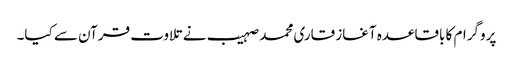
پروگرام کا باقاعدہ آغاز قاری محمد صہیب نے تلاوت قرآن سے کیا۔